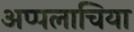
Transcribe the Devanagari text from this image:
अप्पलाचिया